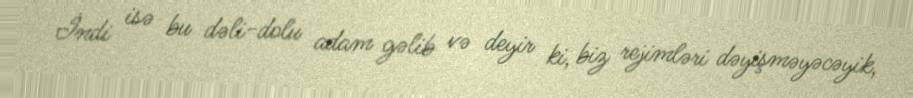
İndi isə bu dəli-dolu adam gəlib və deyir ki, biz rejimləri dəyişməyəcəyik,